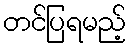
တင်ပြရမည့်